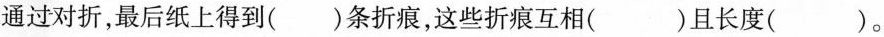
通过对折，最后纸上得到()条折痕，这些折痕互相()且长度()。